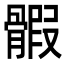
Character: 𩩱